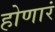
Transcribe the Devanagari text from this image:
होणारं